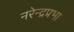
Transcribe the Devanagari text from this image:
नरेन्द्रप्रभा